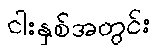
ငါးနှစ်အတွင်း